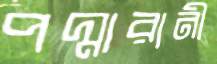
পদ্মারানী